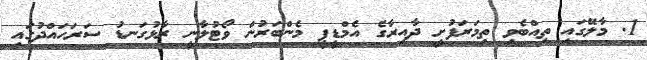
1. މާލޭގައި ތިއްބެވި ތިމަރަފުށީ ދާއިރާގެ އެމްޑީޕީ މެންބަރުން ވޯޓުލާނީ ރާޅުގަނޑު ސަރަހައްދުގައި